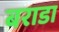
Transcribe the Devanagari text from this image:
बराडा